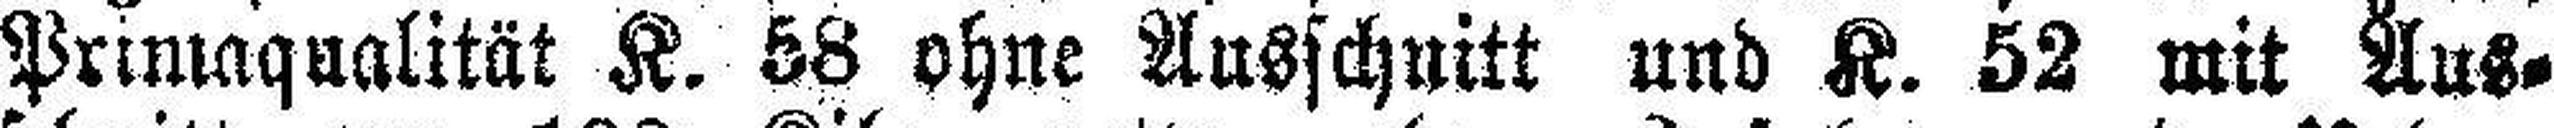
Primaqualität K. 58 ohne Ausschnitt und K. 52 mit Aus¬